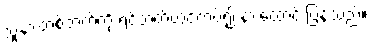
သူ့နားတစ်ဘက်ကို ရင်ဘတ်တွင်ကပ်၍ နားထောင် ပြန်သည်။